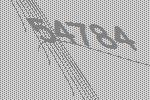
54784